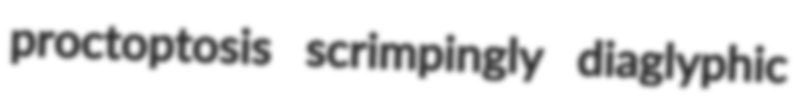
proctoptosis scrimpingly diaglyphic